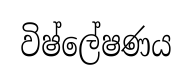
විෂ්ලේෂණය